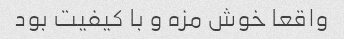
واقعا خوش مزه و با کیفیت بود